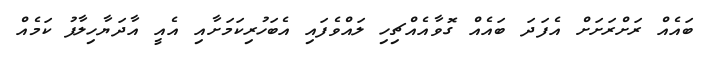
ބައެއް ރަށްރަށަށް އެފަދަ ބައެއް ގޮވާއެއްޗިހި ލައްވެފައި އެބަހުރިކަމަށާއި އެއީ އާދަޔާހިލާފު ކަމެއް